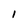
Character: I